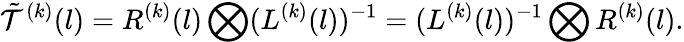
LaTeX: \tilde{{\cal T}}^{(k)}(l)=R^{(k)}(l)\bigotimes(L^{(k)}(l))^{-1}=(L^{(k)}(l))^{-1}\bigotimes R^{(k)}(l).